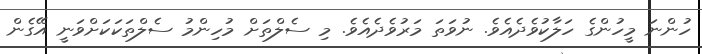
ހުންނަ މީހުންގެ ހަލާކުވެދެއެވެ. ނުވަތަ މަރުވެދެއެވެ. މި ސެލްތަށް މުހިންމު ސެލްތަކަކަށްވަނީ އޭގެން